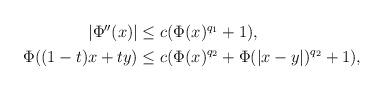
LaTeX: \begin{align*}\begin{aligned} \left|\Phi''(x)\right|&\leq c(\Phi(x)^{q_1}+1),\\\quad\Phi((1-t)x+ty)&\leq c(\Phi(x)^{q_2}+\Phi(|x-y|)^{q_2}+1),\end{aligned}\end{align*}